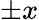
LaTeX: \pm x